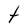
Character: t